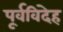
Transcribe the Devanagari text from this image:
पूर्वविदेह